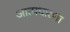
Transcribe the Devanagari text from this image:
आत्मधारणा